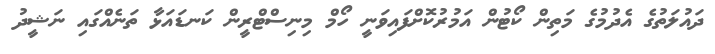
ދައުލަތުގެ އެދުމުގެ މަތިން ކޯޓުން އަމުރުކޮށްފައިވަނީ ހޯމް މިނިސްޓްރީން ކަނޑައަޅާ ތަނެއްގައި ނަޝީދު